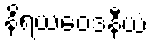
နိရယဝေဒနီယံ